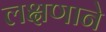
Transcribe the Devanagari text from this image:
लक्षणाने